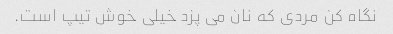
نگاه کن مردی که نان می پزد خیلی خوش تیپ است.